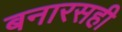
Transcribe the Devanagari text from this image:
बनारसही